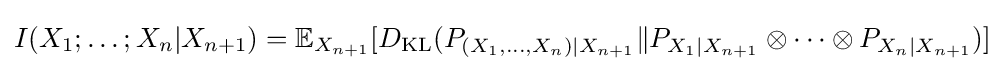
I(X_{1};\ldots ;X_{n}|X_{n+1})=\mathbb {E} _{X_{n+1}}[D_{\mathrm {KL} }(P_{(X_{1},\ldots ,X_{n})|X_{n+1}}\|P_{X_{1}|X_{n+1}}\otimes \cdots \otimes P_{X_{n}|X_{n+1}})]